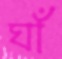
ঘাঁ